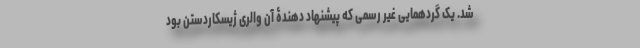
شد. یک گردهمایی غیر رسمی که پیشنهاد دهندۀ آن والری ژیسکاردستن بود